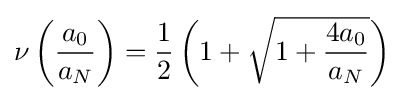
\nu \left({\frac {a_{0}}{a_{N}}}\right)={\frac {1}{2}}\left(1+{\sqrt {1+{\frac {4a_{0}}{a_{N}}}}}\right)~